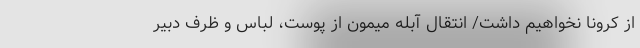
از کرونا نخواهیم داشت/ انتقال آبله میمون از پوست، لباس و ظرف دبیر